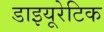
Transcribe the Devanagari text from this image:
डाइयूरेटिक